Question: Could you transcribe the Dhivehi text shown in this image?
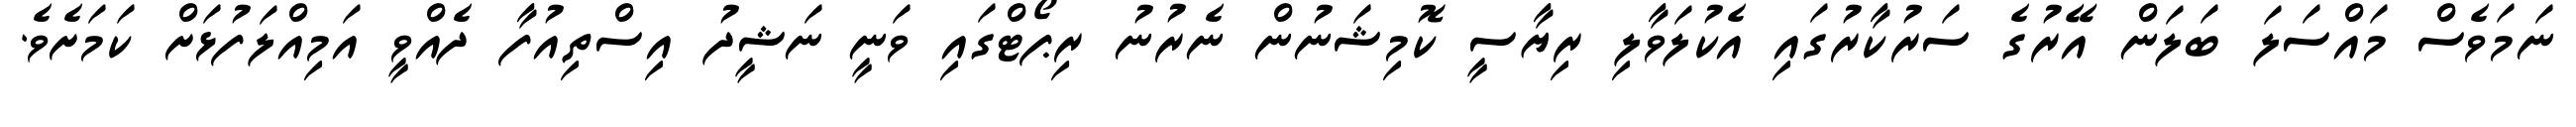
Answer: ނަމަވެސް މައްސަލަ ބަލަން އޭރުގެ ސަރުކާރުގައި އެކުލަވާލި ރިޔާސީ ކޮމިޝަނުން ނެރުނު ރިޕޯޓްގައި ވަނީ ނަޝީދު އިސްތިއުފާ ދެއްވީ އަމިއްލަފުޅަށް ކަމަށެވެ.